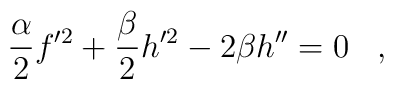
{\alpha\over 2} f'^2 + {\beta\over 2}h'^2 -2\beta h''=0\;\;\;,